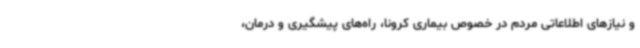
و نیازهای اطلاعاتی مردم در خصوص بیماری کرونا، راه‌های پیشگیری و درمان،